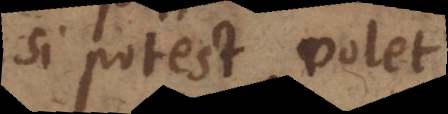
si potest volet.